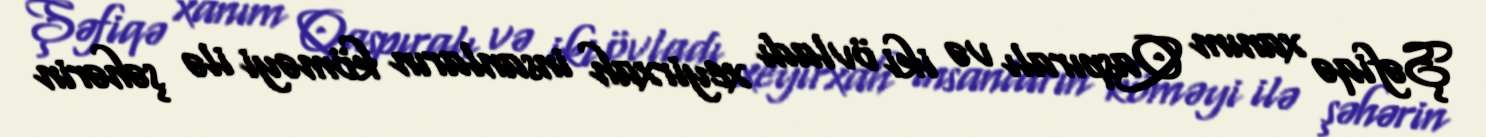
Şəfiqə xanım Qaspıralı və iki övladı xeyirxah insanların köməyi ilə şəhərin